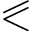
\eqslantless